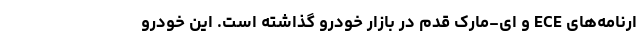
ارنامه‌های ECE و ای-مارک قدم در بازار خودرو گذاشته است. این خودرو